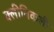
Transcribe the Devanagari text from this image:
क्लीनिकली